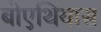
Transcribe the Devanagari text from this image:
बोएथियास